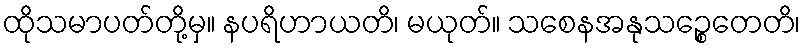
ထိုသမာပတ်တို့မှ။ နပရိဟာယတိ၊ မယုတ်။ သစေနအနုသဉ္စေတေတိ၊